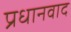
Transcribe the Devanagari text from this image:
प्रधानवाद